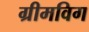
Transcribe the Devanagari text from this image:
ग्रीमविग